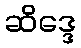
ဆိဒ္ဒေ